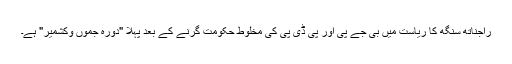
راجناتھ سنگھ کا ریاست میں بی جے پی اور پی ڈی پی کی مخلوط حکومت گرنے کے بعد پہلا "دورہ جموں وکشمیر" ہے۔